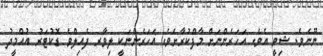
ނޫނެވެ. ޝިވީ އެވެ. އަހަރެންނަށް މާފްކުރާށެވެ. އަހަރެންނަކީ ލިވާރ ފެއިލްވެ ޑޮކުޓަރު އުއްމީދު